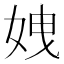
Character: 𡜄